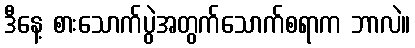
ဒီနေ့ စားသောက်ပွဲအတွက်သောက်စရာက ဘာလဲ။